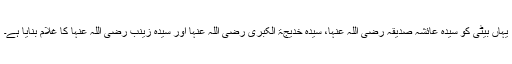
یہاں بیٹی کو سیدہ عائشہ صدیقہ رضی اللہ عنہا، سیدہ خدیجۃ الکبریٰ رضی اللہ عنہا اور سیدہ زینب رضی اللہ عنہا کا غلام بنایا ہے۔